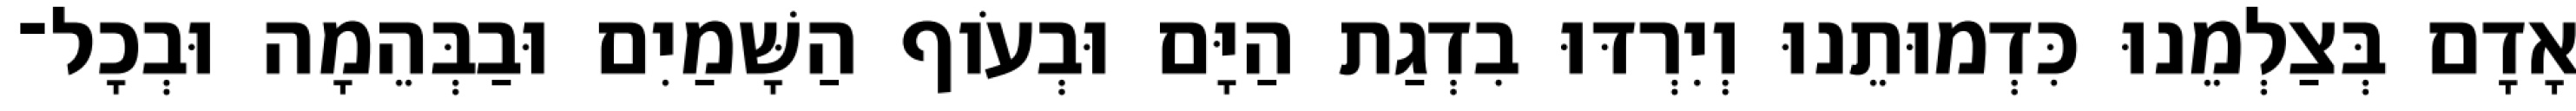
אָדָם בְּצַלְמֵנוּ כִּדְמוּתֵנוּ וְיִרְדּוּ בִדְגַת הַיָּם וּבְעֹוף הַשָּׁמַיִם וּבַבְּהֵמָה וּבְכָל־